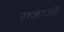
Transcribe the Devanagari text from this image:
राजाऔ